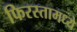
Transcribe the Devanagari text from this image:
फिरस्तामध्ये